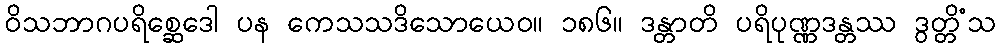
ဝိသဘာဂပရိစ္ဆေဒေါ ပန ကေသသဒိသောယေဝ။ ၁၈၆။ ဒန္တာတိ ပရိပုဏ္ဏဒန္တဿ ဒွတ္တိံသ